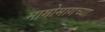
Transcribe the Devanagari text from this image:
मागोमागच्या